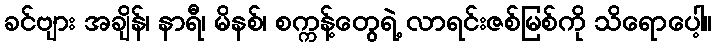
ခင်ဗျား အချိန်၊ နာရီ၊ မိနစ်၊ စက္ကန့်တွေရဲ့ လာရင်းဇစ်မြစ်ကို သိရောပေါ့။